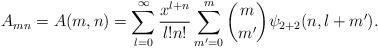
LaTeX: \begin{align*}A_{mn} = A(m, n) = \sum_{l = 0}^\infty \frac{x^{l + n}}{l!n!} \sum_{m' = 0}^m {m \choose m'} \psi_{2+2}(n, l+m').\end{align*}